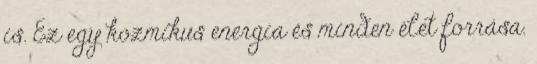
is. Ez egy kozmikus energia és minden élet forrása.